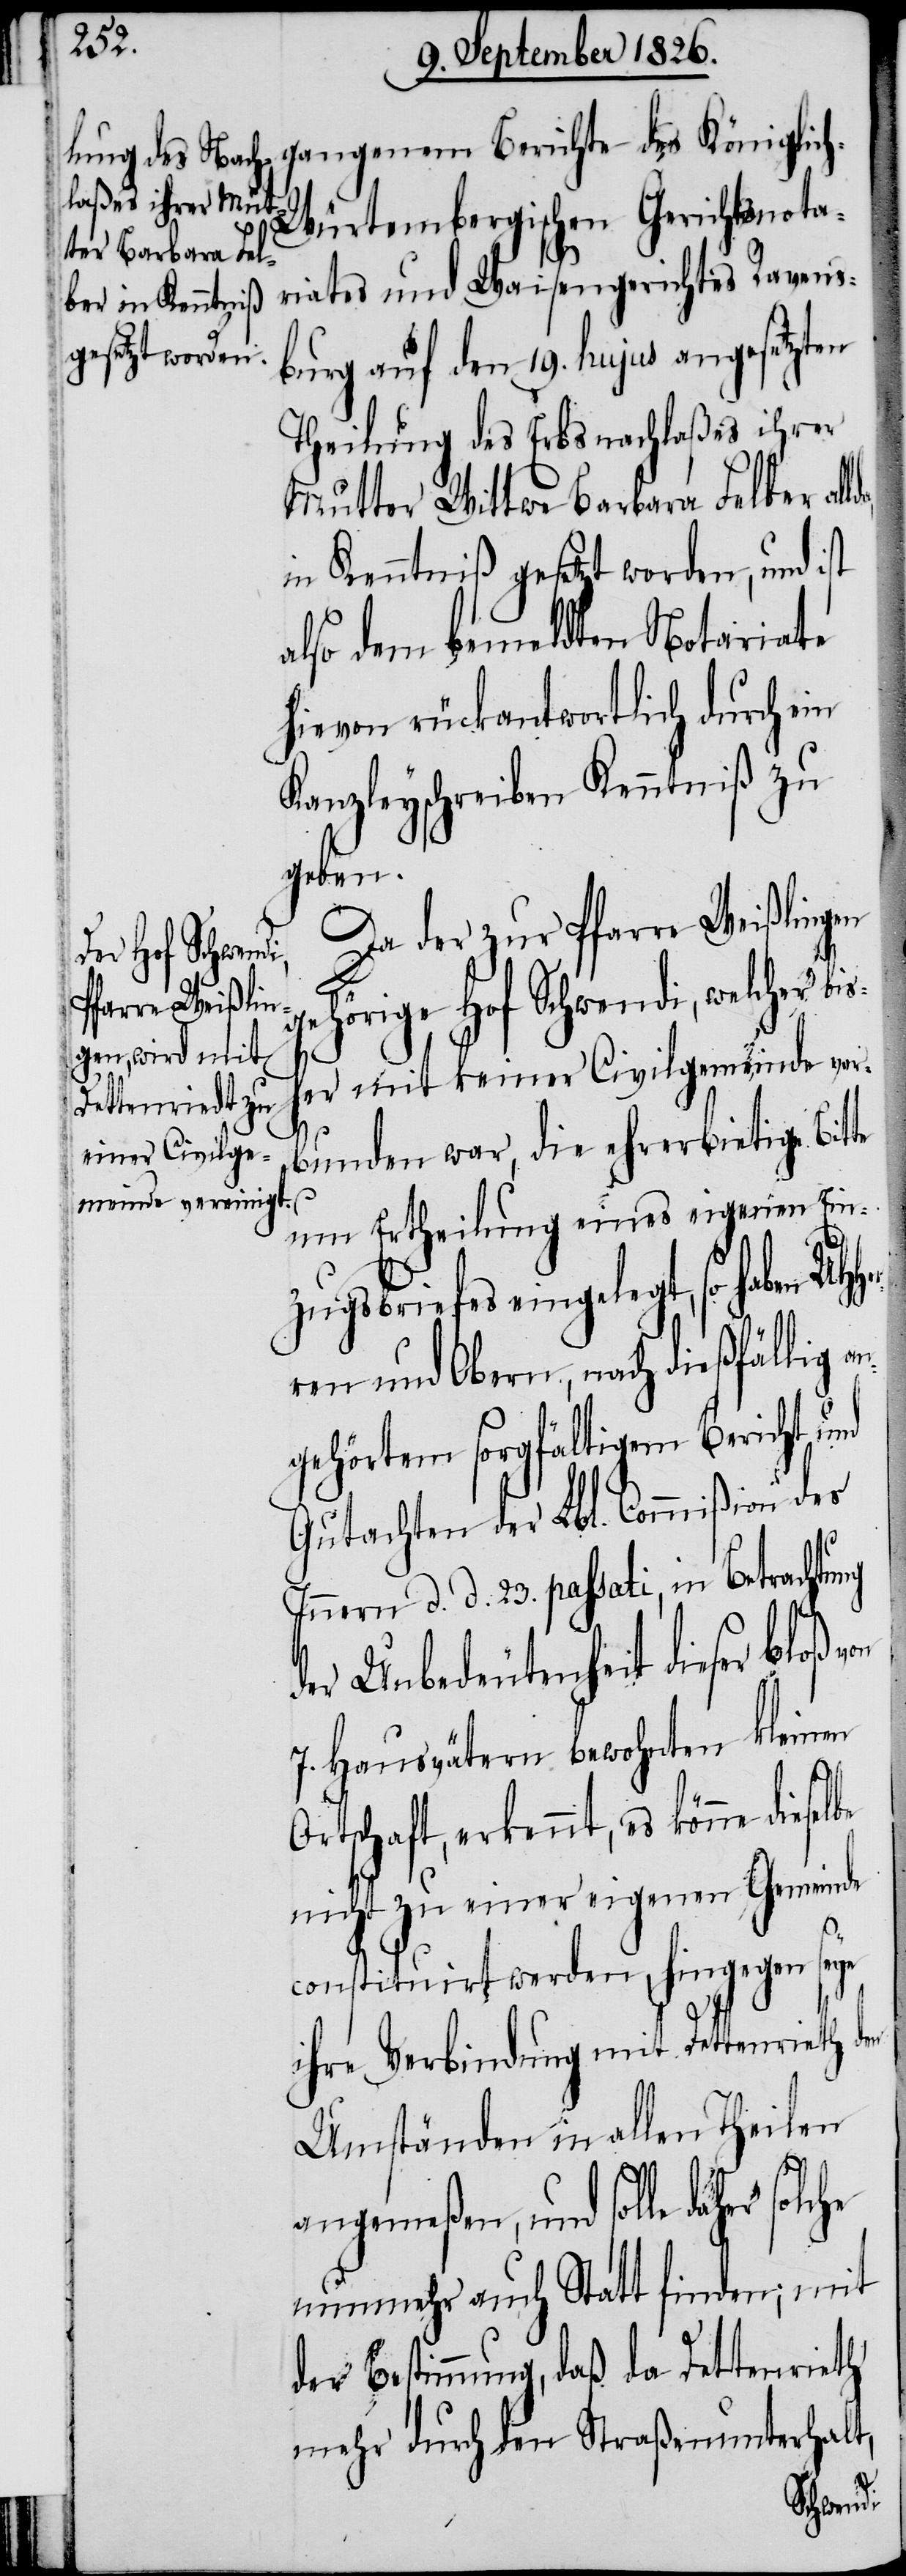
Her¬
Würtembergischen Gerichtsnota¬
riates und Waisengerichtes Ravens¬
burg auf den 19. hujus angesetzten
Theilung des Erbsnachlaßes ihrer
Mutter Wittwe Barbara Felber al¬
in Kenntniß gesetzt worden, und ist
also dem bemeldten Notariate
hievon rückantwortlich durch ein
Kanzleyschreiben Kenntniß zu
geben.
Da der zur Pfarre Weißlingen
hörige Hof Schwendi, welcher
er mit keiner Civilgemeinde ver¬
bunden war, die ehrerbietige Bit¬
um Ertheilung eines eigenen Ein¬
en
zugsbriefes eingelegt, so haben MH¬
ren und Obern, nach dießfällig a¬
ngehörtem sorgfältigem Bericht und
Gutachten der Lbl. Commißion des
Innern d. d. 23. passati, in Betrachtu¬
der Unbedeutenheit dieser bloß
7. Hausvätern bewohnten kleinen
Ortschaft, erkennt, es könne
nicht zu einer eigenen Gemeinde
constituirt werden, hingegen seye
ihre Verbindung mit Dettenrieth d¬
Umständen in allen Theilen
angemeßen, und solle daher
nunmehr auch Statt finden; mit
der Bestimmung, daß da Dettenrieth
mehr durch den Straßenunterhalt,